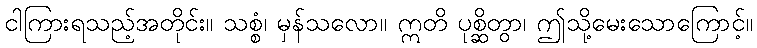
ငါကြားရသည့်အတိုင်း။ သစ္စံ၊ မှန်သလော။ ဣတိ ပုစ္ဆိတွာ၊ ဤသို့မေးသောကြောင့်။